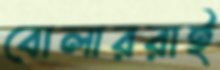
বোলাররাই